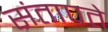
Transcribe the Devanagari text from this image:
संतापते